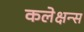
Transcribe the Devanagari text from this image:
कलेक्षन्स